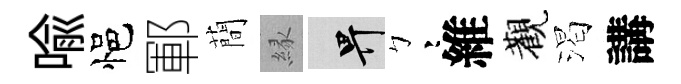
喩悒鄆蕳縁畀彎維觀渴講